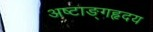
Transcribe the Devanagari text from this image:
अष्टाङ्गहृदय